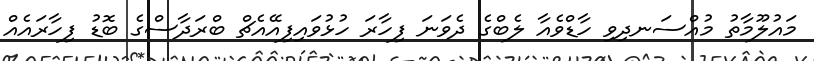
މައުލޫމާތު މުއްސަނދިވި ހާޑްވެއާ ލެބްގެ ދެވަނަ ފިހާރަ ހުޅުވައިފިއޭއެޗް ބްރަދާސްގެ ބޮޑު ފިހާރައެއް